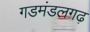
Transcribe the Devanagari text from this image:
गडमंडलगढ़